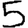
Digit: 5